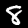
Label: 8